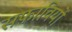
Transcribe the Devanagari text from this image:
सफावियों